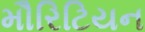
મૌરિટિયન